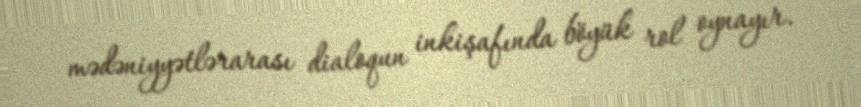
mədəniyyətlərarası dialoqun inkişafında böyük rol oynayır.